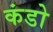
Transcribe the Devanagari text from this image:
कंडो